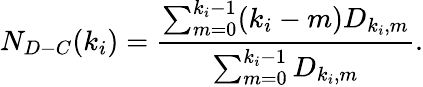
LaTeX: N_{D-C}(k_{i})=\frac{\sum_{m=0}^{k_{i}-1}(k_{i}-m)D_{k_{i},m}}{\sum_{m=0}^{k_{i}-1}D_{k_{i},m}}.